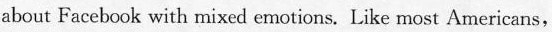
about Facebook with mixed ernotions. Like most Americans,